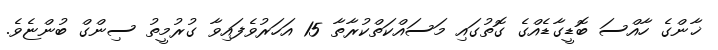
ޚާންގެ ހާއްސަ ބޮޑީގާޑެއްގެ ގޮތުގައި މަސައްކަތްކުރާތާ 15 އަހަރުވެފައިވާ ގުރުމީތު ސިންގް ބުންޏެވެ.